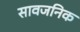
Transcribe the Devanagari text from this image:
सावजनिक